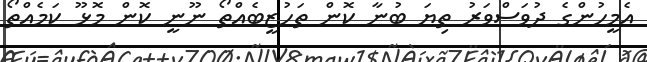
އެމީހުންގެ ދުވަސްވަރު ތިޔަ ބުނާ ކޮން ތަހުޒީބެއްތޯ ނޫނީ ކޮން މޮޅޫ ކަމެއްތޯ